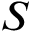
S